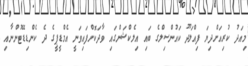
މިއަދު ކުރިއަށްދިޔަ ފިއްލަދޫ ކައުންސިލްގެ ބައި އިލެކްޝަންގައި ވާދަކޮށްފައިވަނީ އެމްޑީޕީގެ ދެ ކެންޑިޑޭޓުންނާއި